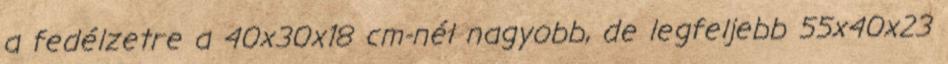
a fedélzetre a 40x30x18 cm-nél nagyobb, de legfeljebb 55x40x23